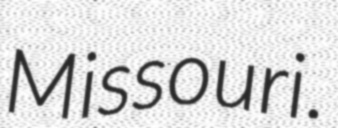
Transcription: Missouri.